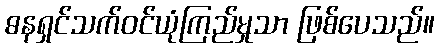
ဓနရှင်သက်ဝင်ယုံကြည်မှုသာ ဖြစ်ပေသည်။